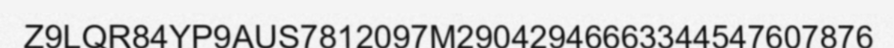
Z9LQR84YP9AUS7812097M29042946663344547607876